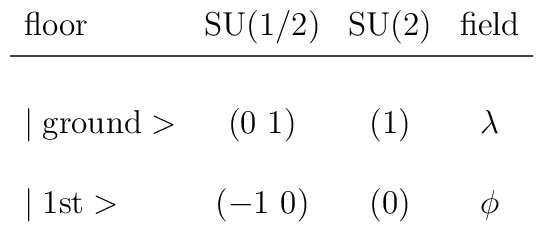
\begin{array}{lccc}\mbox{floor}     & \mbox{SU(1/2)} & \mbox{SU(2)} & \mbox{field} \\\noalign{\vskip3pt}\noalign{\hrule}\noalign{\vskip3pt}\\\mid \mbox{ground}> & (0~1)  & (1) & \lambda \\\\\mid \mbox{1st}>    & (-1~0)  & (0) & \phi \\                \end{array}